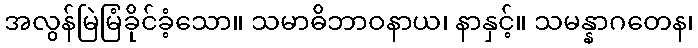
အလွန်မြဲမြံခိုင်ခံ့သော။ သမာဓိဘာဝနာယ၊ နာနှင့်။ သမန္နာဂတေန၊